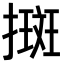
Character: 𢴬